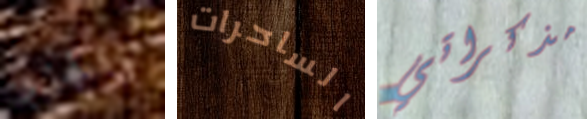
والجزر الساحرات مذكراتي